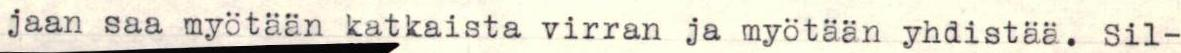
jaan saa myötään katkaista virran ja myötään yhdistää. Sil-